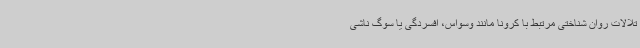
تلالات روان شناختی مرتبط با کرونا مانند وسواس، افسردگی یا سوگ ناشی